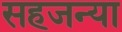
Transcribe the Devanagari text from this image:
सहजन्या